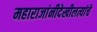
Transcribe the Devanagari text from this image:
महाराजांनीदेखीलत्यांचे